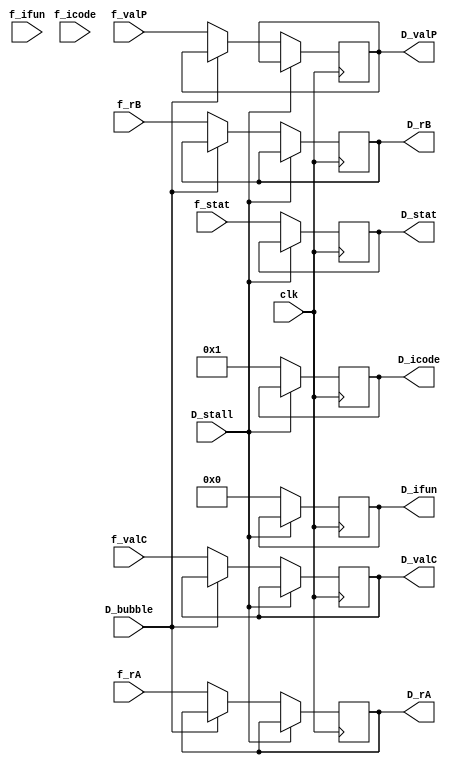
`timescale 1ns / 1ps

module D_pipe (
    input clk,
    input [2:0] f_stat,
    input [3:0] f_icode,
    input [3:0] f_ifun,
    input [3:0] f_rA,
    input [3:0] f_rB,
    input [63:0] f_valC,
    input [63:0] f_valP,
    input D_stall,
    input D_bubble,

    output reg [2:0] D_stat,
    output reg [3:0] D_icode,
    output reg [3:0] D_ifun,
    output reg [3:0] D_rA,
    output reg [3:0] D_rB,
    output reg [63:0] D_valC,
    output reg [63:0] D_valP
);

always @ (posedge clk)
begin
    if (D_stall == 0)
    begin
        if (D_bubble == 0)
        begin
            D_stat <= f_stat;
            D_icode <= f_icode;
            D_ifun <= f_ifun;
            D_rA <= f_rA;
            D_rB <= f_rB;
            D_valC <= f_valC;
            D_valP <= f_valP;
        end

        else
            D_stat <= f_stat; // check
            D_icode <= 4'b0001;
            D_ifun <= 4'b0000;
            // The next values doesn't matter
            /* D_rA <= f_rA; */
            /* D_rB <= f_rB; */
            /* D_valC <= f_valC; */
            /* D_valP <= f_valP; */
        begin
        end
    end
end

endmodule